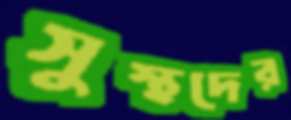
সুস্থদের